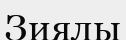
Зиялы